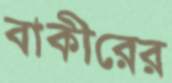
বাকীরের